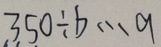
3 5 0 \div b \cdots 9